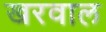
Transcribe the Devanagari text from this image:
खरवाल